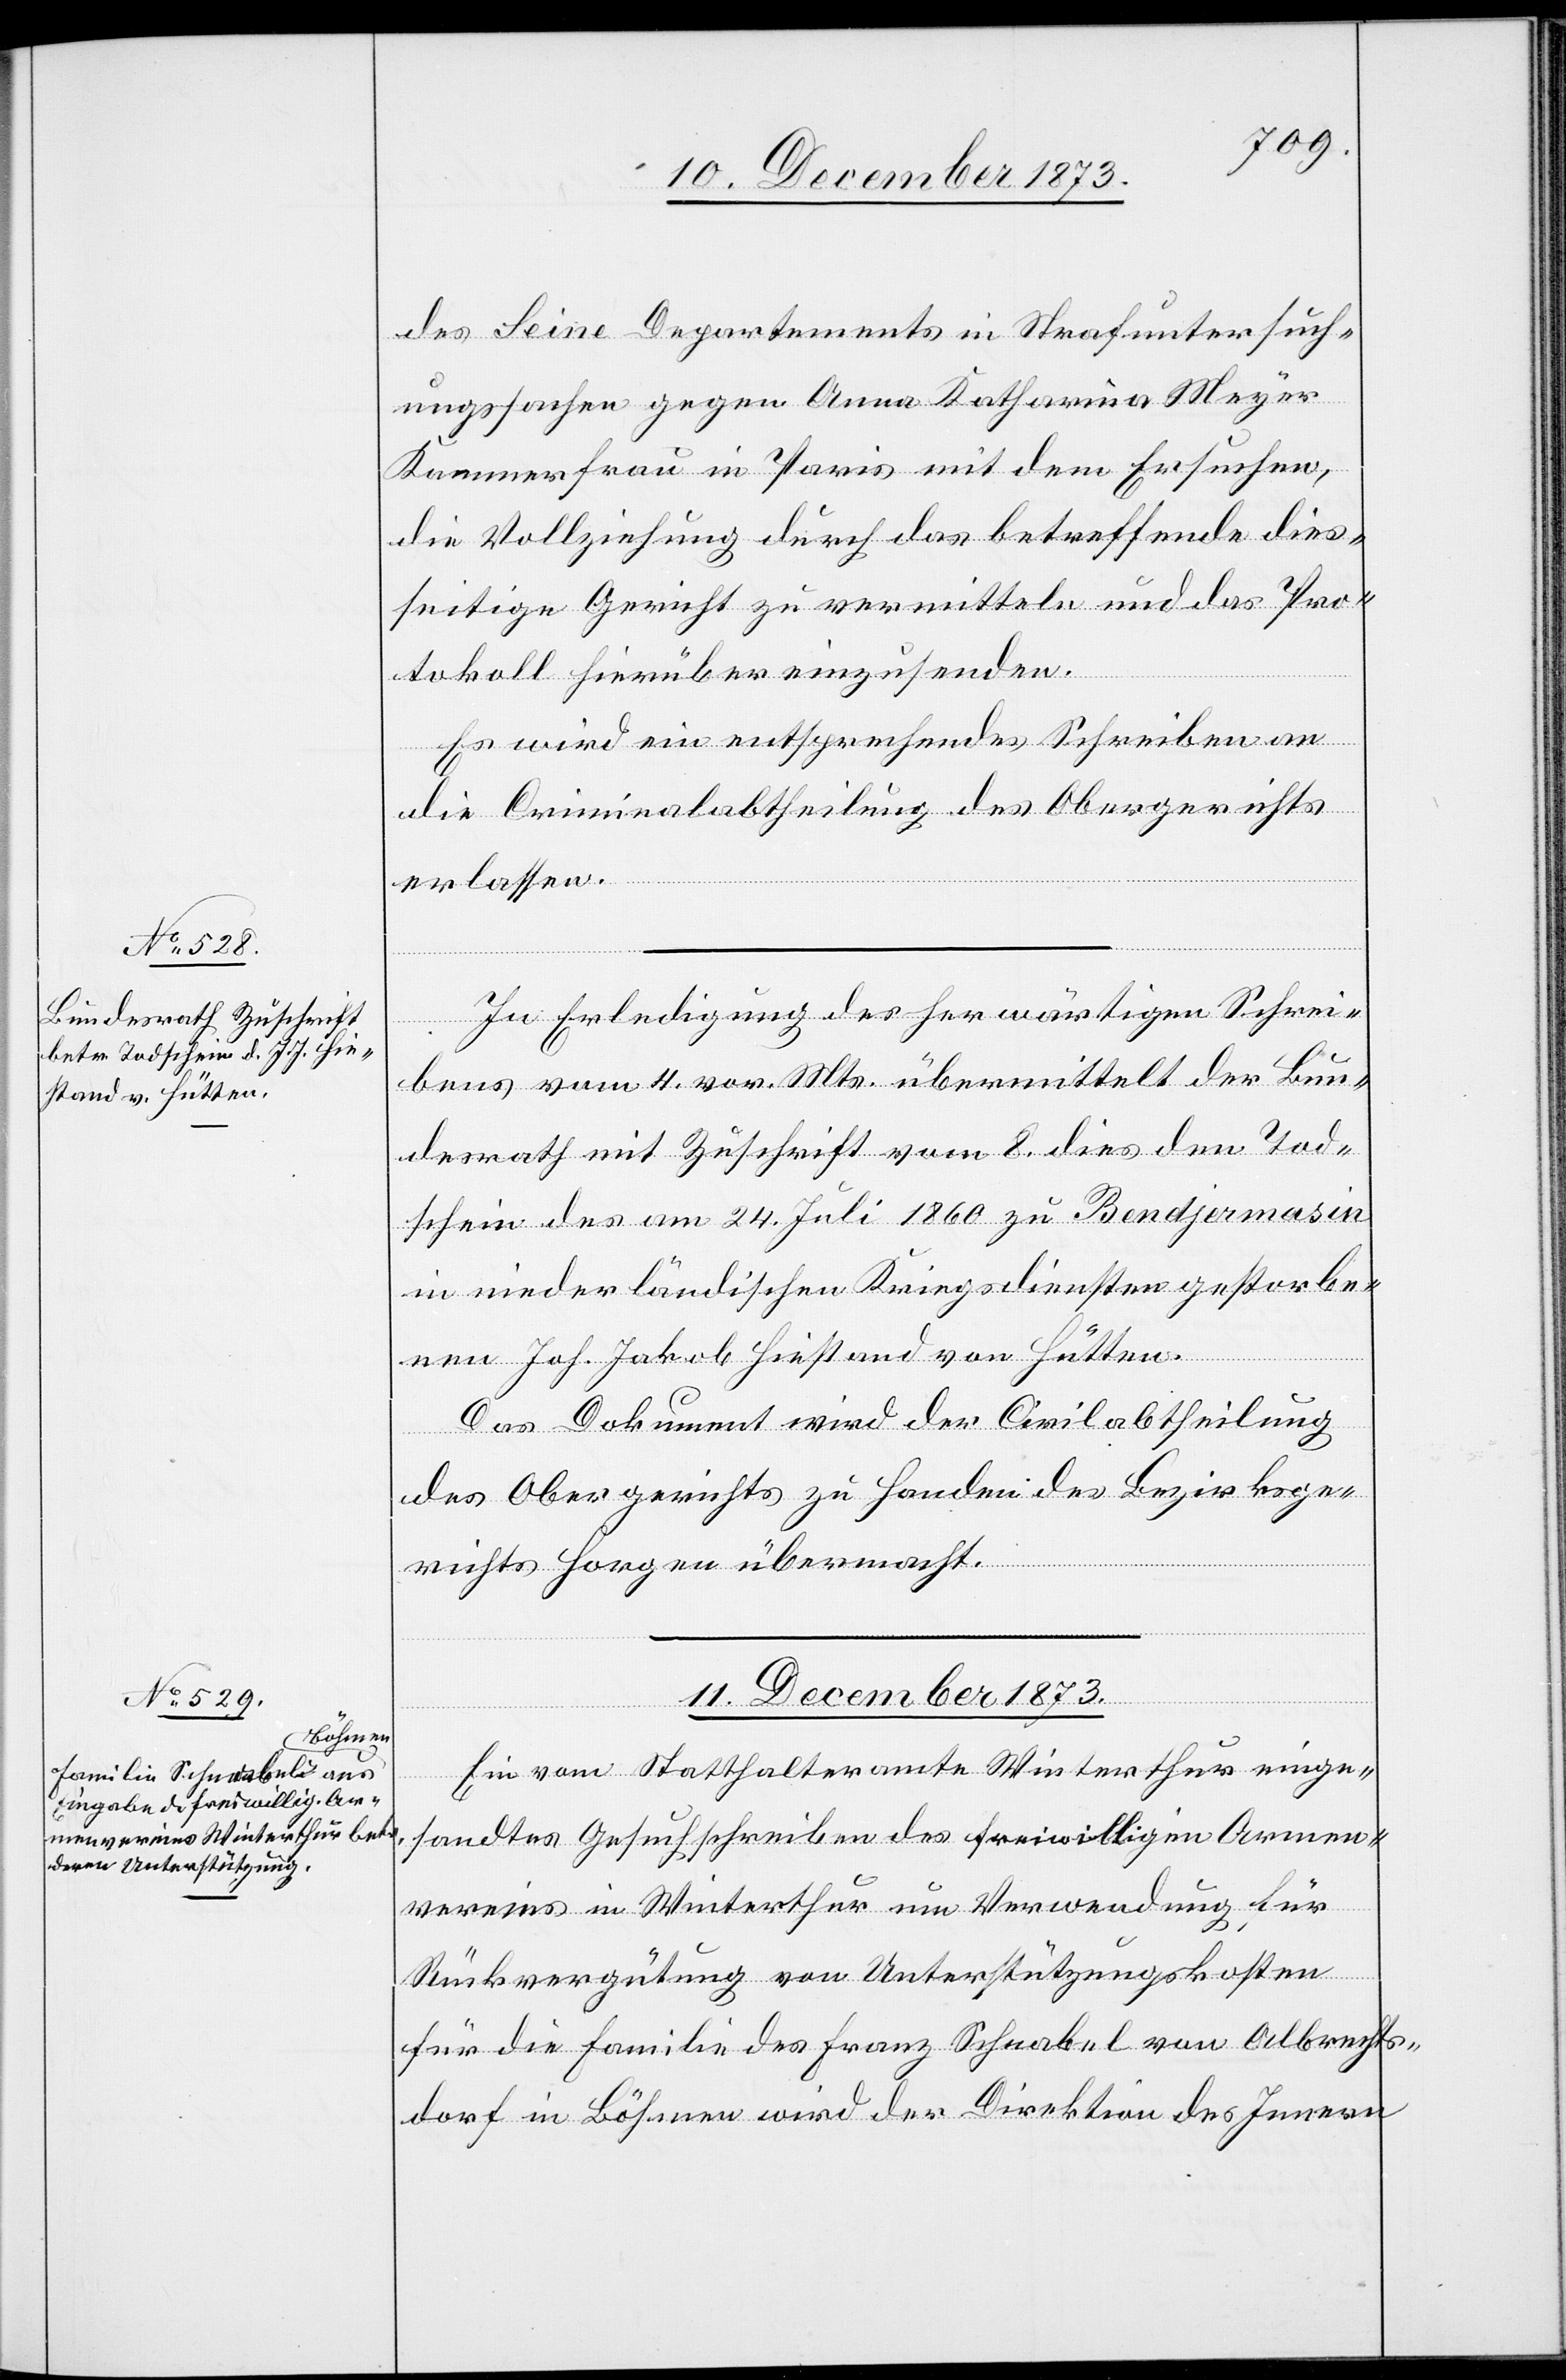
10. December 1873.]
des Seine Departements in Strafuntersuch¬
ungssachen gegen Anna Katharina Meyer
Kammerfrau in Paris mit dem Ersuchen,
die Vollziehung durch das betreffende dies¬
seitige Gericht zu vermitteln und das Pro¬
tokoll hierüber einzusenden.
Es wird ein entsprechendes Schreiben an
die Criminalabtheilung des Obergerichts
erlassen.
In Erledigung des herwärtigen Schrei¬
bens vom 4. vor. Mts. übermittelt der Bun¬
desrath mit Zuschrift vom 8. dies den Tod¬
schein des am 24. Juli 1860 zu Bendjermasin
in niederländischen Kriegsdiensten gestorbe¬
nen Joh. Jakob Hiestand von Hütten.
Das Dokument wird der Civilabtheilung
des Obergerichts zu Handen des Bezirksge¬
richts Horgen übermacht.
11. December 1873.
Ein vom Statthalteramte Winterthur einge¬
sandtes Gesuchschreiben des freiwilligen Armen¬
vereins in Winterthur um Verwendung für
Rückvergütung von Unterstützungskosten
für die Familie des Franz Schnabel von Albrechts¬
dorf in Böhmen wird der Direktion des Innern